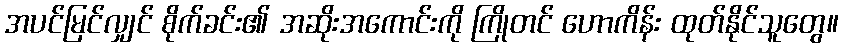
အပင်မြင်လျှင် စိုက်ခင်း၏ အဆိုးအကောင်းကို ကြိုတင် ဟောကိန်း ထုတ်နိုင်သူတွေ။